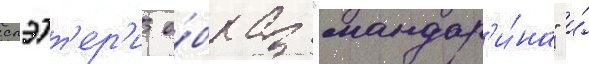
слэтт'ер'и о́браз "мандар'и́на" и́